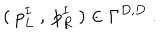
( \ p _ { L } ^ { I } \ , \ p _ { R } ^ { I } \ ) \in \Gamma ^ { D , D } \ .